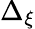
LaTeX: \Delta_{\xi}